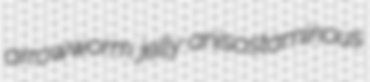
arrowworm jelly anisostaminous